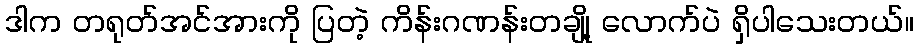
ဒါက တရုတ်အင်အားကို ပြတဲ့ ကိန်းဂဏန်းတချို့ လောက်ပဲ ရှိပါသေးတယ်။